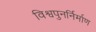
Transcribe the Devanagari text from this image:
विश्वपुनर्निर्माण